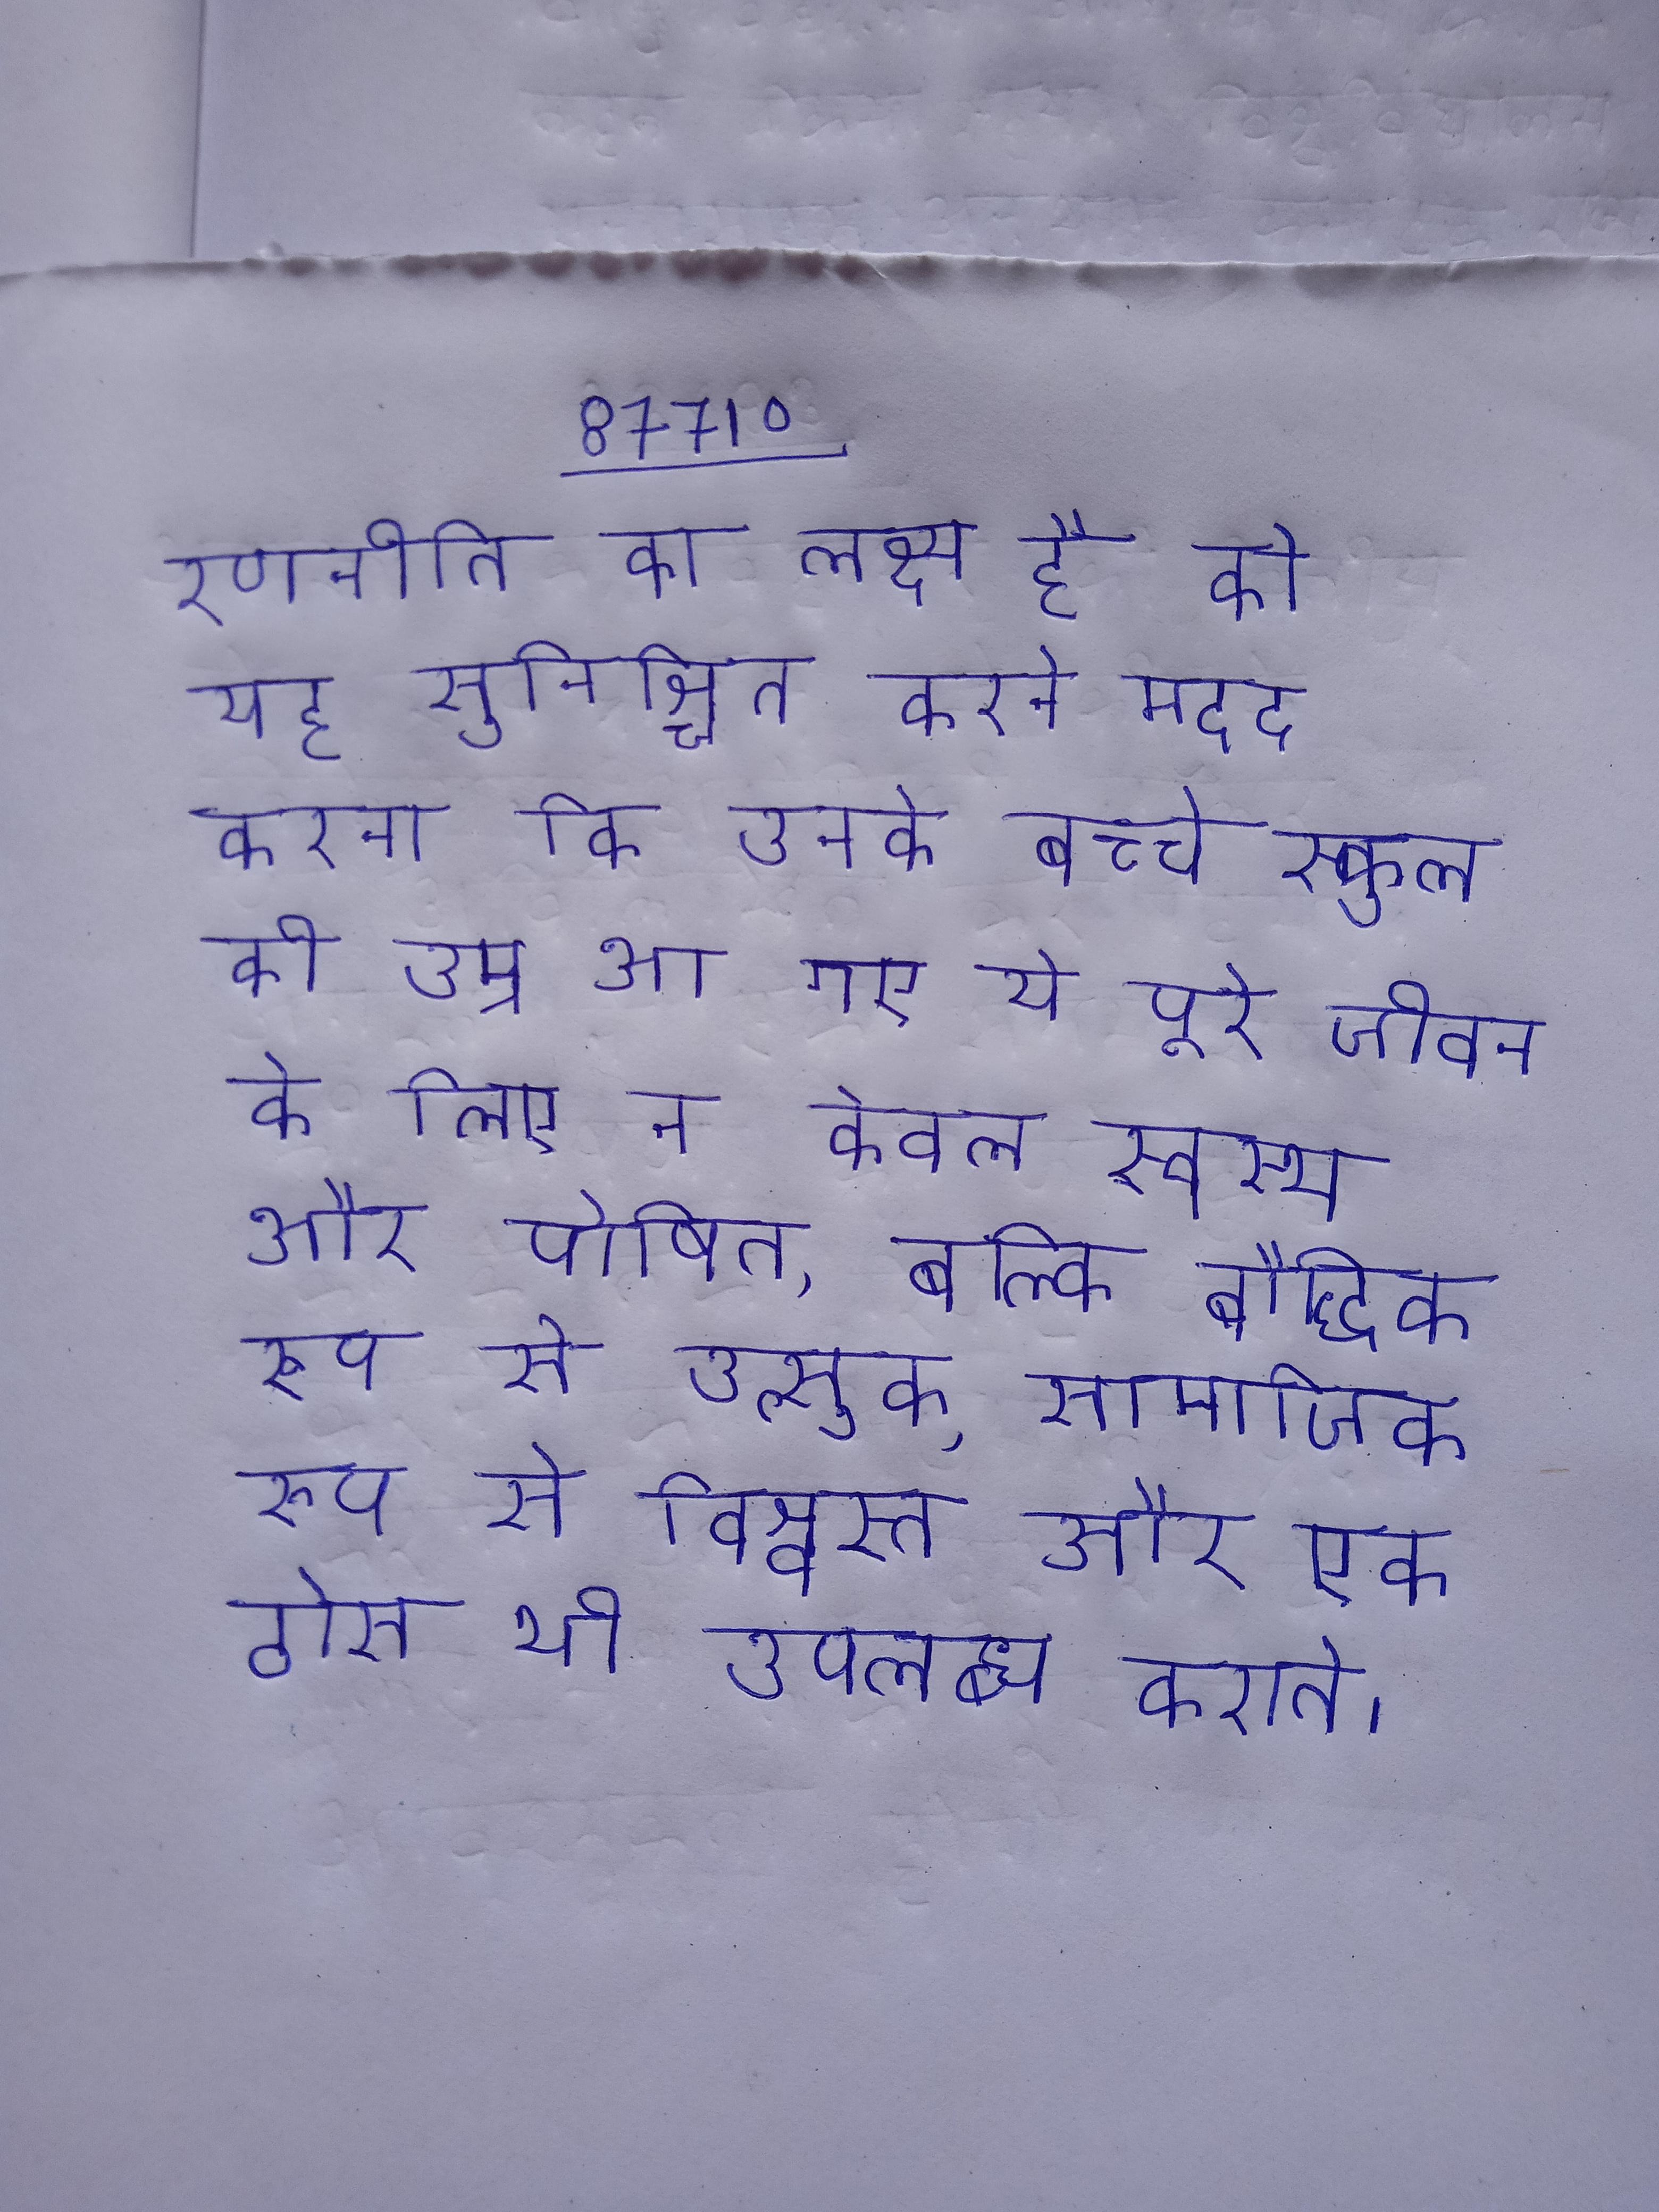
रणनीति का लक्ष्य है को यह सुनिश्चित करने मदद करना कि उनके बच्चे स्कूल की उम्र आ गए ये पूरे जीवन के लिए न केवल स्वस्थ और पोषित, बल्कि बौद्धिक रूप से उत्सुक, सामाजिक रूप से विश्वस्त और एक ठोस भी उपलब्ध कराते ।